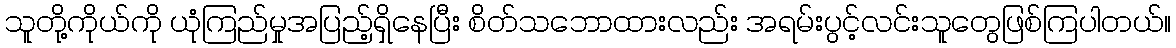
သူတို့ကိုယ်ကို ယုံကြည်မှုအပြည့်ရှိနေပြီး စိတ်သဘောထားလည်း အရမ်းပွင့်လင်းသူတွေဖြစ်ကြပါတယ်။